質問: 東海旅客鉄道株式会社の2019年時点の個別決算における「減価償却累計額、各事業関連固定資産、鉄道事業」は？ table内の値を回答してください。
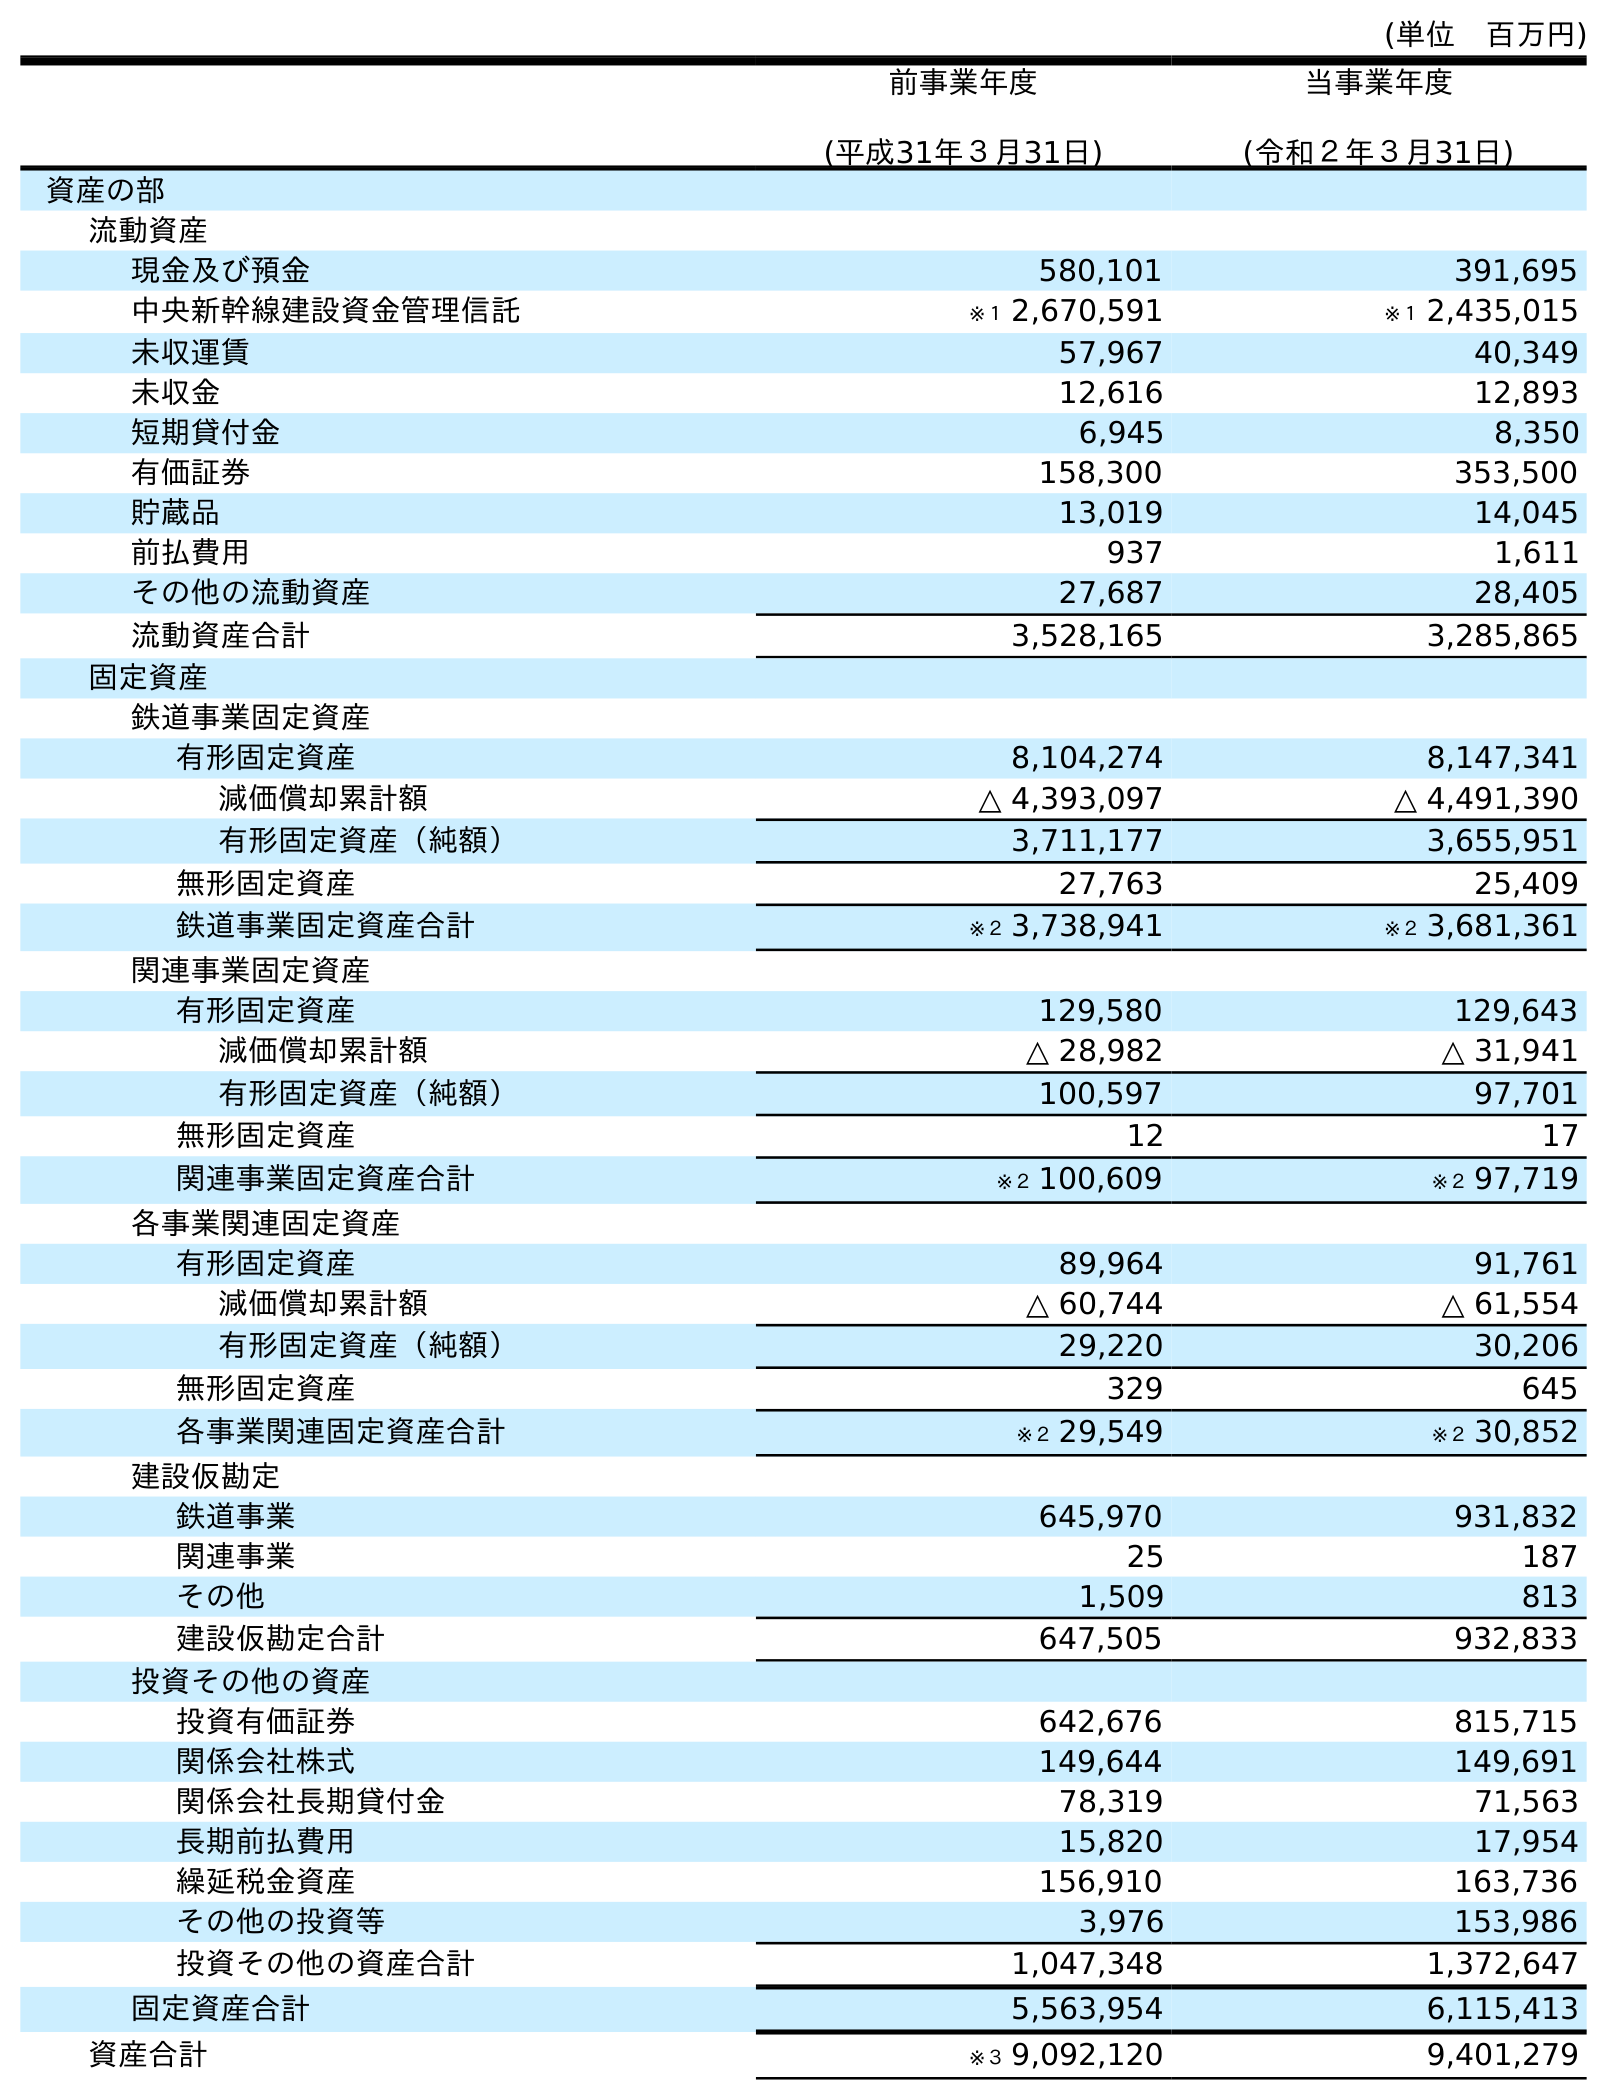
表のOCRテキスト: (単位 百万円) 前事業年度 (平成31年３月31日) 当事業年度 (令和２年３月31日) 資産の部 流動資産 現金及び預金 580,101 391,695 中央新幹線建設資金管理信託 ※１ 2,670,591 ※１ 2,435,015 未収運賃 57,967 40,349 未収金 12,616 12,893 短期貸付金 6,945 8,350 有価証券 158,300 353,500 貯蔵品 13,019 14,045 前払費用 937 1,611 その他の流動資産 27,687 28,405 流動資産合計 3,528,165 3,285,865 固定資産 鉄道事業固定資産 有形固定資産 8,104,274 8,147,341 減価償却累計額 △ 4,393,097 △ 4,491,390 有形固定資産（純額） 3,711,177 3,655,951 無形固定資産 27,763 25,409 鉄道事業固定資産合計 ※２ 3,738,941 ※２ 3,681,361 関連事業固定資産 有形固定資産 129,580 129,643 減価償却累計額 △ 28,982 △ 31,941 有形固定資産（純額） 100,597 97,701 無形固定資産 12 17 関連事業固定資産合計 ※２ 100,609 ※２ 97,719 各事業関連固定資産 有形固定資産 89,964 91,761 減価償却累計額 △ 60,744 △ 61,554 有形固定資産（純額） 29,220 30,206 無形固定資産 329 645 各事業関連固定資産合計 ※２ 29,549 ※２ 30,852 建設仮勘定 鉄道事業 645,970 931,832 関連事業 25 187 その他 1,509 813 建設仮勘定合計 647,505 932,833 投資その他の資産 投資有価証券 642,676 815,715 関係会社株式 149,644 149,691 関係会社長期貸付金 78,319 71,563 長期前払費用 15,820 17,954 繰延税金資産 156,910 163,736 その他の投資等 3,976 153,986 投資その他の資産合計 1,047,348 1,372,647 固定資産合計 5,563,954 6,115,413 資産合計 ※３ 9,092,120 9,401,279
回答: △60,744